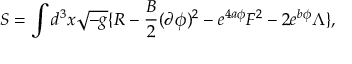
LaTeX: S = \int d ^ { 3 } x \sqrt { - g } \{ R - { \frac { B } { 2 } } ( \partial \phi ) ^ { 2 } - e ^ { 4 a \phi } F ^ { 2 } - 2 e ^ { b \phi } \Lambda \} ,